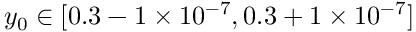
y _ { 0 } \in [ 0 . 3 - 1 \times 1 0 ^ { - 7 } , 0 . 3 + 1 \times 1 0 ^ { - 7 } ]